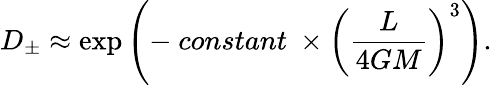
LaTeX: D_{\pm}\approx\exp\left(-\ constant\ \times\left(\frac{L}{4GM}\right)^{3}\right).